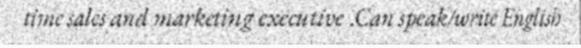
time sales and marketing executive .Can speak/write English